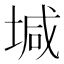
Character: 堿